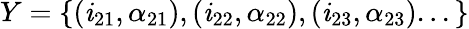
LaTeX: Y=\{ (\mathit{i}_{21},\alpha_{21}),(\mathit{i}_{22},\alpha_{22}),(\mathit{i}_{23},\alpha_{23})...\}